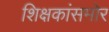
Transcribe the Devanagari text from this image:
शिक्षकांसमोर